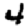
Digit: 4